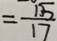
= \frac { 1 5 } { 1 7 }